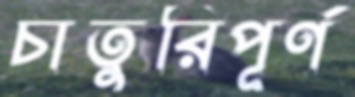
চাতুরিপূর্ণ